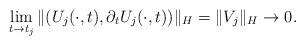
LaTeX: \begin{align*} \lim_{t \rightarrow t_j} \|(U_j(\cdot, t), \partial_t U_j (\cdot, t))\|_H = \|V_j\|_H \rightarrow 0.\end{align*}